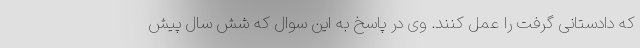
که دادستانی گرفت را عمل کنند. وی در پاسخ به این سوال که شش سال پیش